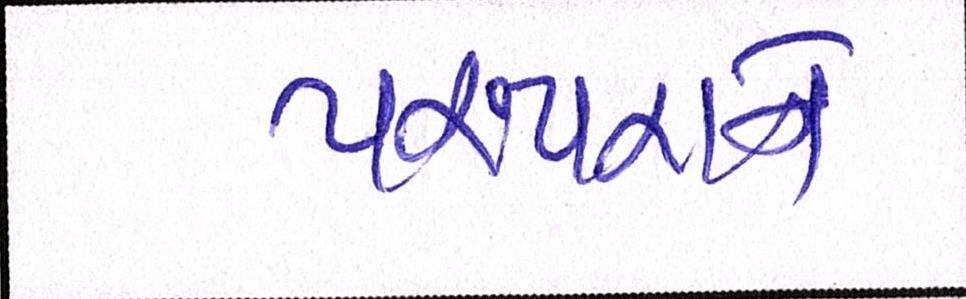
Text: પરંપરાને